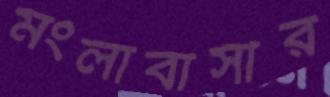
মংলাবাসীর